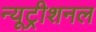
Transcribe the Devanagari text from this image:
न्यूट्रीशनल